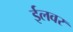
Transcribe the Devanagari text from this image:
ईलवर